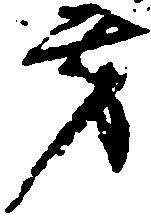
方